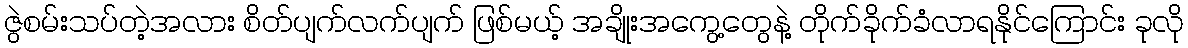
ဇွဲစမ်းသပ်တဲ့အလား စိတ်ပျက်လက်ပျက် ဖြစ်မယ့် အချိုးအကွေ့တွေနဲ့ တိုက်ခိုက်ခံလာရနိုင်ကြောင်း ခုလို